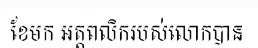
ខែមក អត្តពលិករបស់លោកបាន